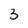
Character: 3